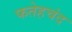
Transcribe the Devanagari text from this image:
फतेहचंद